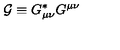
{ \cal G } \equiv G _ { \mu \nu } ^ { \ast } G ^ { \mu \nu }